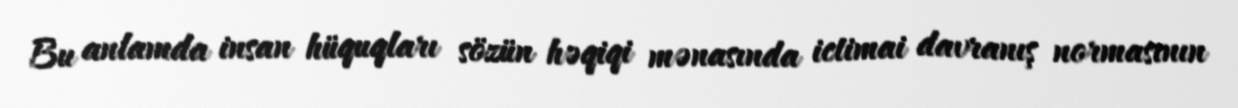
Bu anlamda insan hüquqları sözün həqiqi mənasında ictimai davranış normasının